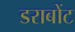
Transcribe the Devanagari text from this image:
डराबोंट